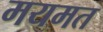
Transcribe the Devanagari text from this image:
मयमत